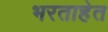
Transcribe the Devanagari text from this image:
भरताहेत